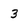
Character: 3